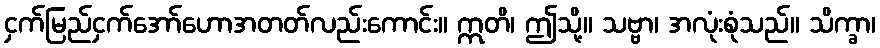
ငှက်မြည်ငှက်အော်ဟောအတတ်လည်းကောင်း။ ဣတိ၊ ဤသို့။ သဗ္ဗာ၊ အလုံးစုံသည်။ သိက္ခာ၊